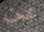
عن